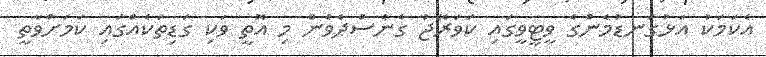
އެކަމަކު އަޅުގަނޑުމެންގެ ވީޓީވީގައި ކަވަރޭޖު ގެނެސްދެވެން މި އޮތީ ވަކި ގަޑިތަކެއްގައި ކަަމަށްވާތީ